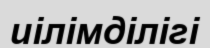
иілімділігі